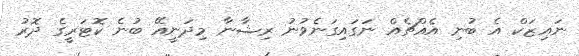
ނައިޒަކް އެ ބުނި އެއްޗެއް ނަގައިގަނެވުނު ރިޝާނާ މިދަނީއޭ ބުނެ ކޮޓަރީގެ ދޮރު